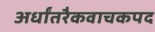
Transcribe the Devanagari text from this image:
अर्धांतरैकवाचकपद